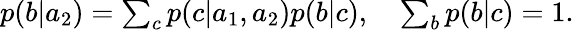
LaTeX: \begin{array}{r}{p(b|a_{2})=\sum_{c}p(c|a_{1},a_{2})p(b|c),\quad\sum_{b}p(b|c)=1.}\end{array}